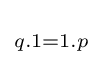
\scriptstyle {q.1=1.p\,}\!